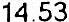
14.53